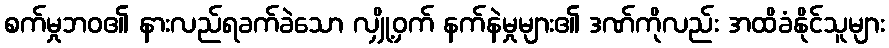
စက်မှုဘဝ၏ နားလည်ရခက်ခဲသော လျှို့ဝှက် နက်နဲမှုများ၏ ဒဏ်ကိုလည်း အထိခံနိုင်သူများ